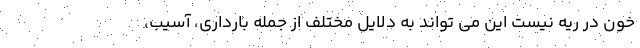
خون در ریه نیست این می تواند به دلایل مختلف از جمله بارداری، آسیب،